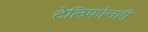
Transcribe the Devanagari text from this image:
टेलिफोनही